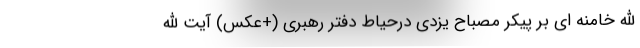
الله خامنه ای بر پیکر مصباح یزدی درحیاط دفتر رهبری (+عکس) آیت الله